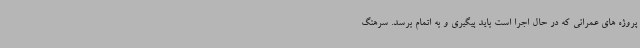
پروژه های عمرانی که در حال اجرا است باید پیگیری و به اتمام برسد. سرهنگ